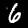
Digit: 6